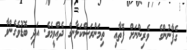
ގެފާނުންގެ  ވެރިންނަށް ފޮތާއި  ތިމަންރަސްކަލާނގެ ދެއްވީމެވެ. އަދި ބޮޑުވެގެންވާ